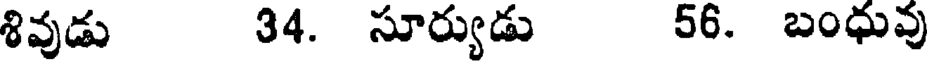
శివుడు 34. సూర్యుడు 56. బంధువు